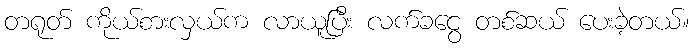
တရုတ် ကိုယ်စားလှယ်က လာယူပြီး လက်ခငွေ တစ်ဆယ် ပေးခဲ့တယ်။